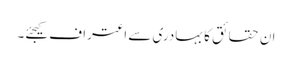
ان حقائق کا بہادری سے اعتراف کیجئے۔